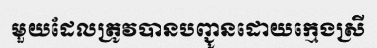
មួយដែលត្រូវបានបញ្ជូនដោយក្មេងស្រី